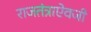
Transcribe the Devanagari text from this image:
राजतंत्राऐवजी